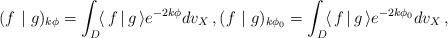
\begin{align*}(f\ |\ g)_{k\phi}=\int_D\!\langle\,f\,|\,g\,\rangle e^{-2k\phi}dv_X\,, (f\ |\ g)_{k\phi_0}=\int_D\!\langle\,f\,|\, g\,\rangle e^{-2k\phi_0}dv_X\,,\end{align*}